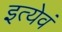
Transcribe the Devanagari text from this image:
इत्येवं